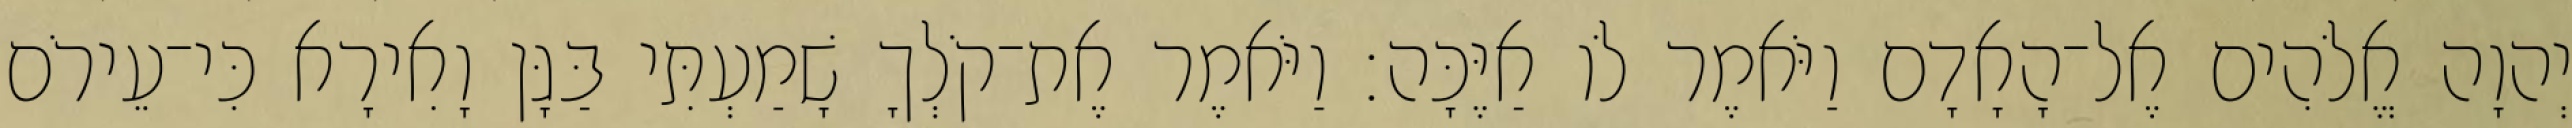
יְהוָה אֱלֹהִים אֶל־הָאָדָם וַיֹּאמֶר לֹו אַיֶּכָּה׃ וַיֹּאמֶר אֶת־קֹלְךָ שָׁמַעְתִּי בַּגָּן וָאִירָא כִּי־עֵירֹם